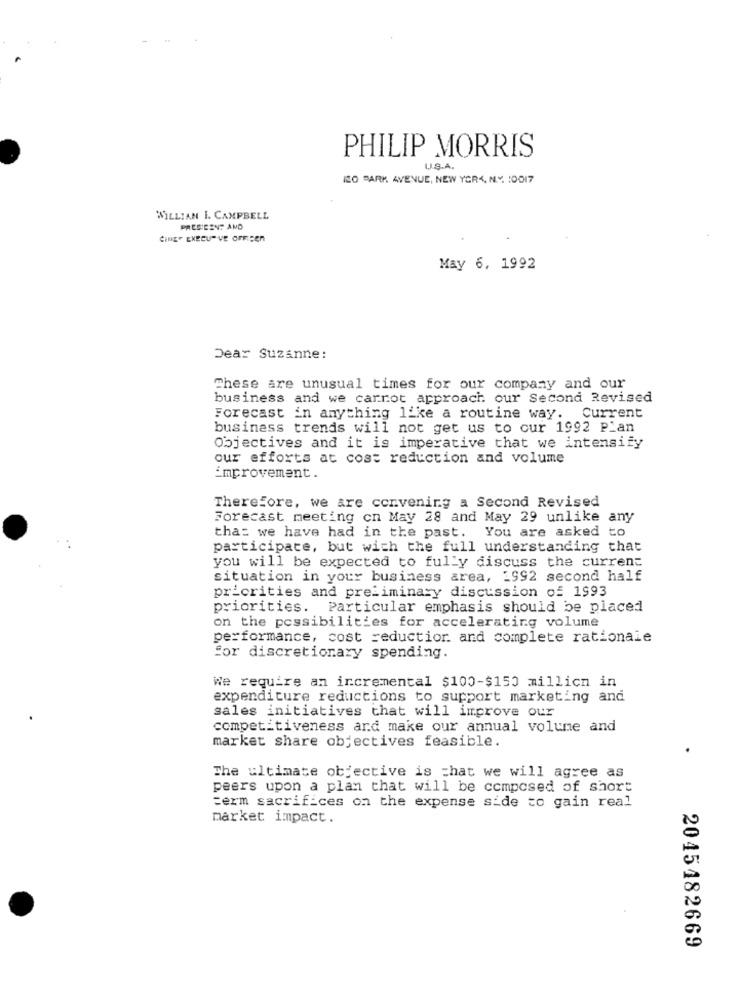
PHILIP MORRIS
U.S.A.
RO PARK AVENUE, NEW YORK, N.Y. 10017
WILLIAN I. CAMPBELL
PRESIDENT AND
CINE" EXECUTIVE OFFICER
May 6, 1992
Dear Suzanne :
These are unusual times for our company and our
business and we carrot approach our Second Revised
Forecast in anything like a routine way. Current
business trends will not get us to cur 1992 Plan
Objectives and it is imperative that we intensify
our efforts at cost reduction and volume
improvement.
Therefore, we are convening a Second Revised
Forecast meeting on May 28 and May 29 unlike any
tha: we have had in the past. You are asked to
participate, but with the full understanding that
you will be expected to fully discuss the current
situation in your business area, 1992 second half
priorities and preliminary discussion of 1993
priorities. Particular emphasis should be placed
on the possibilities for accelerating volume
performance, cost reduction. and complete rationale
for discretionary spending.
We require an incremental $100-$150 million in
expenditure reductions to support marketing and
sales initiatives that will improve our
competitiveness and make our annual volume and
market share objectives feasible.
The ultimate objective is that we will agree as
peers upon a plan that will be composed of short
=erm sacrifices on the expense side to gain real
market impact.
2045482669